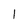
Character: l